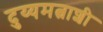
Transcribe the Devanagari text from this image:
दुय्यमत्वाशी